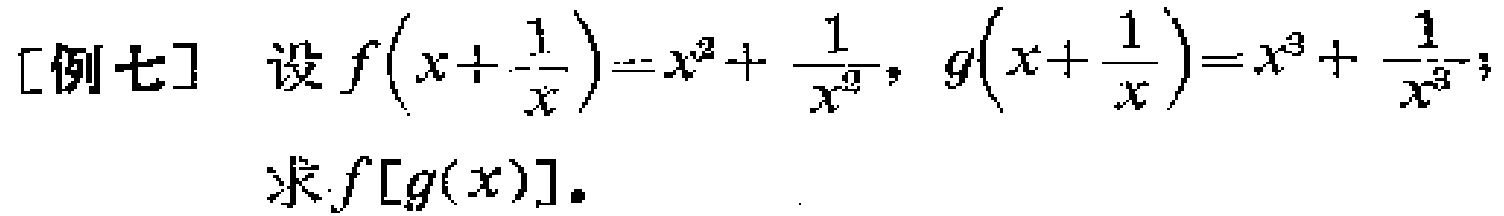
[例七] 设$f\left(x + \frac{1}{x}\right)=x^{2}+\frac{1}{x^{2}}$，$g\left(x + \frac{1}{x}\right)=x^{3}+\frac{1}{x^{3}}$；
求$f[g(x)]$。